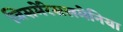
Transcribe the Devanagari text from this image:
जिसमेंरेसलमेनिया